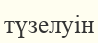
түзелуін